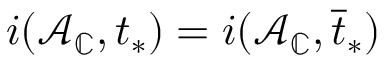
i ( \mathcal { A } _ { \mathbb { C } } , t _ { * } ) = i ( \mathcal { A } _ { \mathbb { C } } , \overline { { t } } _ { * } )